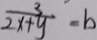
\frac { 3 } { 2 x + y } - b